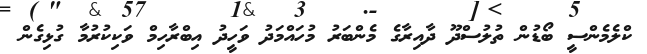
ކްލެމެންސީ ބޯޑުން ތުލުސްދޫ ދާއިރާގެ މެންބަރު މުހައްމަދު ވަހީދު އިބްރާހިމް ވަކިކުރުމާ ގުޅިގެން